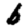
Digit: 6